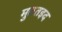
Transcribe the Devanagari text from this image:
मुततइद